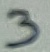
Text: 3